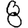
Digit: 8